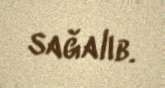
sağalıb.